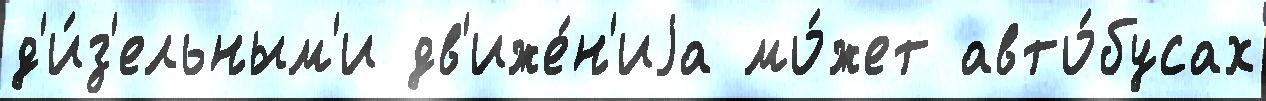
д'и́з'ельным'и дв'иже́н'иjа мо́жет авто́бусах